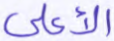
الأعلى